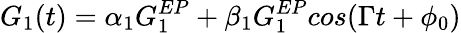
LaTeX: G_{1}(t)=\alpha_{1}G_{1}^{EP}+\beta_{1}G_{1}^{EP}cos(\Gamma t+\phi_{0})